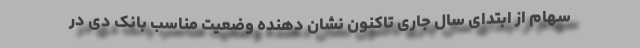
سهام از ابتدای سال جاری تاکنون نشان دهنده وضعیت مناسب بانک دی در